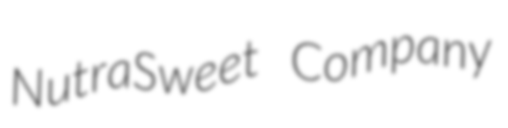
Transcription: NutraSweet Company